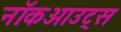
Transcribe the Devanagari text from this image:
नॉकआउट्स